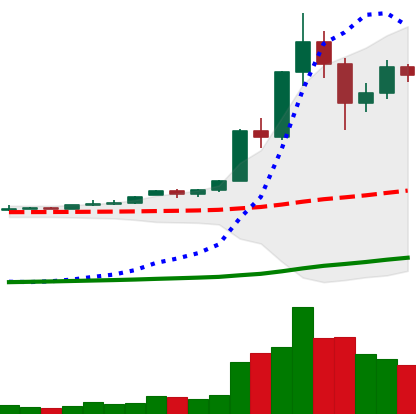
Ticker: XRP-USD
Chart end date: 2020-11-29
Forward return: -8.08%
Label: down_7plus